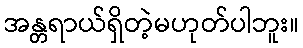
အန္တရာယ်ရှိတဲ့မဟုတ်ပါဘူး။